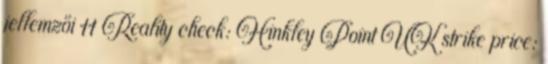
jellemzői 11 Reality check: Hinkley Point UK strike price: